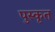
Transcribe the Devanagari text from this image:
पुस्कृत